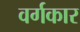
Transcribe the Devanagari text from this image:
वर्गकार